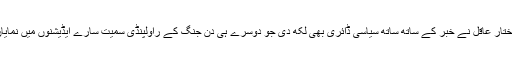
جنگ کے نمائندے مختار عاقل نے خبر کے ساتھ ساتھ سیاسی ڈائری بھی لکھ دی جو دوسرے ہی دن جنگ کے راولپنڈی سمیت سارے ایڈیشنوں میں نمایاں طور پر شائع ہوئی۔